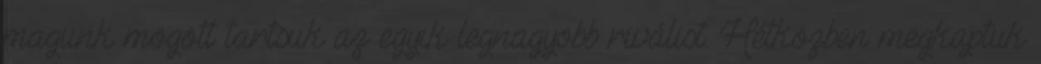
magunk mögött tartsuk az egyik legnagyobb riválist. Hétközben megkaptuk